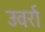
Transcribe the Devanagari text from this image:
उवर्रा